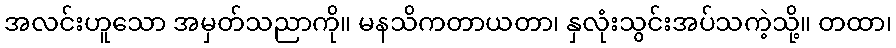
အလင်းဟူသော အမှတ်သညာကို။ မနသိကတာယတာ၊ နှလုံးသွင်းအပ်သကဲ့သို့။ တထာ၊